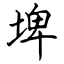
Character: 埤